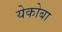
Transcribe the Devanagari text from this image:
येकोबा